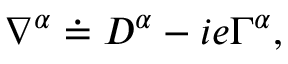
\nabla ^ { \alpha } \doteq D ^ { \alpha } - i e \Gamma ^ { \alpha } ,